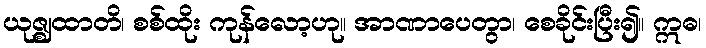
ယုဇ္ဈထာတိ၊ စစ်ထိုး ကုန်လော့ဟု။ အာဏာပေတွာ၊ စေခိုင်းပြီး၍။ ဣဓ၊